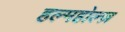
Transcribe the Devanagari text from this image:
हल्महोल्ज़